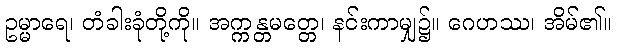
ဥမ္မာရေ၊ တံခါးခုံတို့ကို။ အက္ကန္တမတ္တေ၊ နင်းကာမျှ၌။ ဂေဟဿ၊ အိမ်၏။